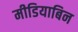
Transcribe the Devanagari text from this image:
मीडियाबिन